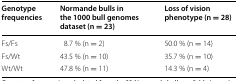
| Genotype frequencies | Normande bulls in the 1000 bull genomes dataset (n = 23) | Loss of vision phenotype (n = 28) |
 | --- | --- | --- |
 | Fs/Fs | 8.7 % (n = 2) | 50.0 % (n = 14) |
 | Fs/Wt | 43.5 % (n = 10) | 35.7 % (n = 10) |
 | Wt/Wt | 47.8 % (n = 11) | 14.3 % (n = 4) |